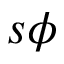
s \phi